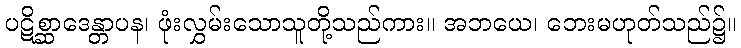
ပဋိစ္ဆာဒေန္တာပန၊ ဖုံးလွှမ်းသောသူတို့သည်ကား။ အဘယေ၊ ဘေးမဟုတ်သည်၌။